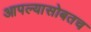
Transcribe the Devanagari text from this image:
आपल्यासोबतच